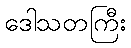
ဒေါသတကြီး